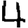
Digit: 4